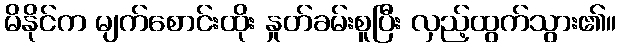
မိနိုင်က မျက်စောင်းထိုး နှုတ်ခမ်းစူပြီး လှည့်ထွက်သွား၏။